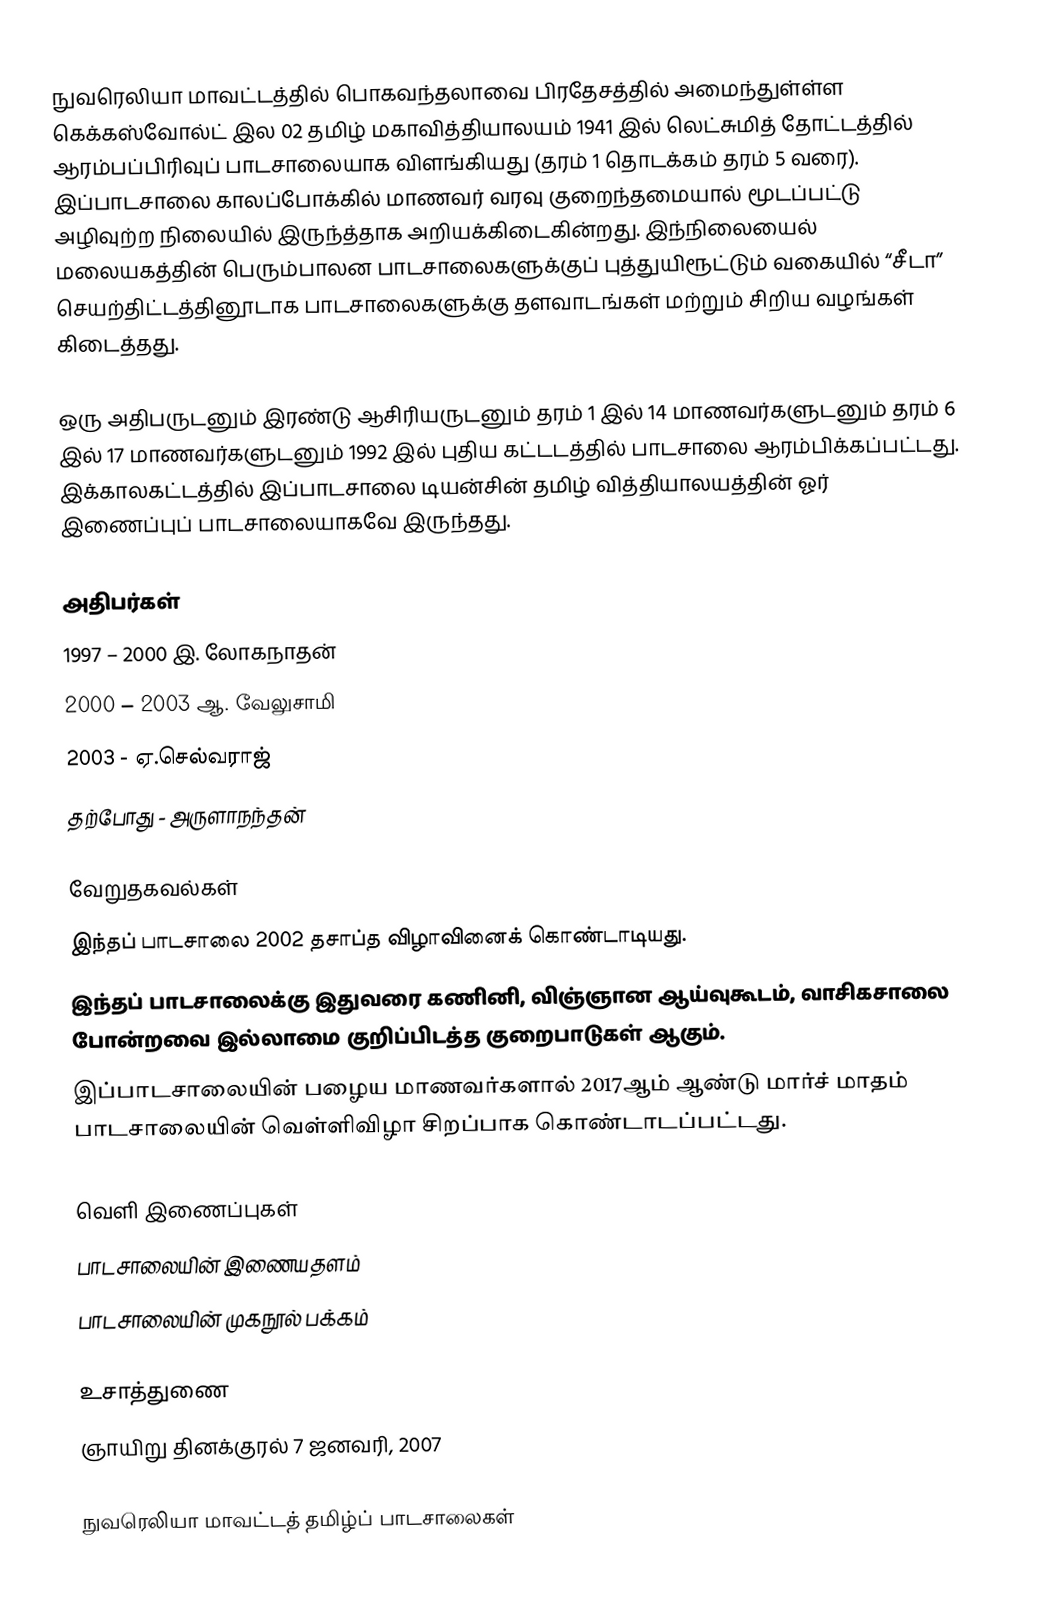
நுவரெலியா மாவட்டத்தில் பொகவந்தலாவை பிரதேசத்தில் அமைந்துள்ள்ள கெக்கஸ்வோல்ட் இல 02 தமிழ் மகாவித்தியாலயம் 1941 இல் லெட்சுமித் தோட்டத்தில் ஆரம்பப்பிரிவுப் பாடசாலையாக விளங்கியது (தரம் 1 தொடக்கம் தரம் 5 வரை). இப்பாடசாலை காலப்போக்கில் மாணவர் வரவு குறைந்தமையால் மூடப்பட்டு அழிவுற்ற நிலையில் இருந்த்தாக அறியக்கிடைகின்றது. இந்நிலையைல் மலையகத்தின் பெரும்பாலன பாடசாலைகளுக்குப் புத்துயிரூட்டும் வகையில் “சீடா” செயற்திட்டத்தினூடாக பாடசாலைகளுக்கு தளவாடங்கள் மற்றும் சிறிய வழங்கள் கிடைத்தது.

ஒரு அதிபருடனும் இரண்டு ஆசிரியருடனும் தரம் 1 இல் 14 மாணவர்களுடனும் தரம் 6 இல் 17 மாணவர்களுடனும் 1992 இல் புதிய கட்டடத்தில் பாடசாலை ஆரம்பிக்கப்பட்டது. இக்காலகட்டத்தில் இப்பாடசாலை டியன்சின் தமிழ் வித்தியாலயத்தின் ஓர் இணைப்புப் பாடசாலையாகவே இருந்தது.

அதிபர்கள்
1997 – 2000 இ. லோகநாதன்
2000 – 2003 ஆ. வேலுசாமி
2003 - 		ஏ.செல்வராஜ்
 தற்போது - அருளாநந்தன்

வேறுதகவல்கள்
 இந்தப் பாடசாலை 2002 தசாப்த விழாவினைக் கொண்டாடியது.
 இந்தப் பாடசாலைக்கு இதுவரை கணினி, விஞ்ஞான ஆய்வுகூடம், வாசிகசாலை போன்றவை இல்லாமை குறிப்பிடத்த குறைபாடுகள் ஆகும்.
 இப்பாடசாலையின் பழைய மாணவர்களால் 2017ஆம் ஆண்டு மார்ச் மாதம் பாடசாலையின் வெள்ளிவிழா சிறப்பாக கொண்டாடப்பட்டது.

வெளி இணைப்புகள்
 பாடசாலையின் இணையதளம்
 பாடசாலையின் முகநூல் பக்கம்

உசாத்துணை
ஞாயிறு தினக்குரல் 7 ஜனவரி, 2007

நுவரெலியா மாவட்டத் தமிழ்ப் பாடசாலைகள்